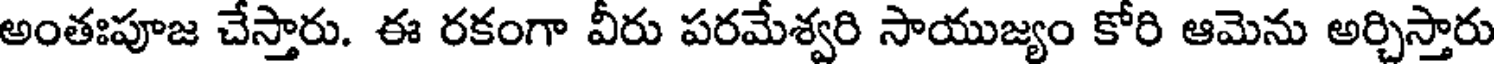
అంతఃపూజ చేస్తారు. ఈ రకంగా వీరు పరమేశ్వరి సాయుజ్యం కోరి ఆమెను అర్చిస్తారు